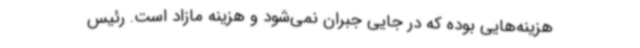
هزینه‌هایی بوده که در جایی جبران نمی‌شود و هزینه مازاد است. رئیس